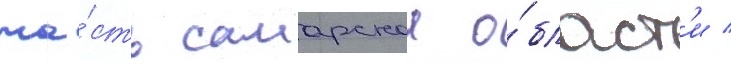
ча́сть самарскои о́бласт'и /